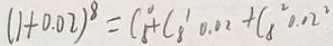
( 1 + 0 . 0 2 ) ^ { 8 } = C _ { 8 } ^ { 0 } + C _ { 8 } ^ { 1 } 0 . 0 2 + C _ { 8 } ^ { 2 } 0 . 1 2 ^ { 2 }